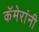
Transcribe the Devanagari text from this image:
कॅमेरांनी